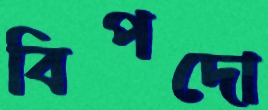
বিপদো